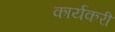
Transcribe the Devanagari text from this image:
कार्यकरी